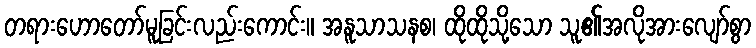
တရားဟောတော်မူခြင်းလည်းကောင်း။ အနူသာသနစ၊ ထိုထိုသို့သော သူ၏အလိုအားလျော်စွာ